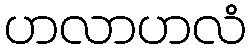
ဟလာဟလံ